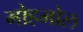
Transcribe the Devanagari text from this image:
मोहमोल